Vaccination in Bombay 1874-1876 - 1874-1876
Year: 1874
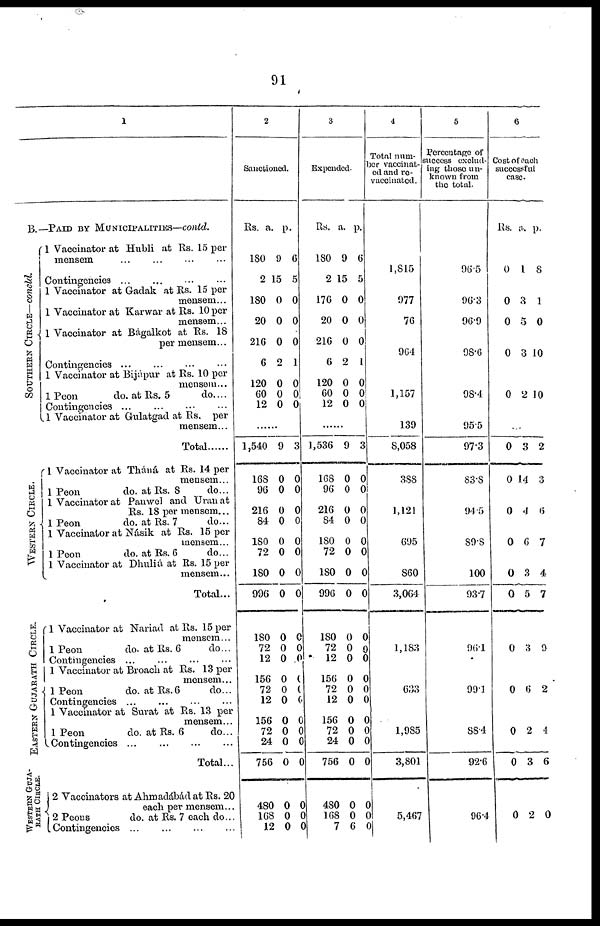
91
1
B.—PAID BY MUNICIFALITIES—conld.
SOUTHERN CIRCLE— concld.
WESTERN CIRCLE.
EASTERN GUJARATH CIRCLE.
WESTERN GUJA¬
RATH CIRCLE.
1 Vaccinator at Hubli at Rs. 15 per
mensem ... ... ... ...
Contingencies ... ... ... ...
1 Vaccinator at Gadak at Rs. 15 per
mensem...
1 Vaccinator at Karwar at Rs. 10 per
mensem...
1 Vaccinator at Bágalkot at Rs. 18
per mensem...
Contingencies ... ... ... ...
1 Vaccinator at Bijápur at Rs. 10 per
mensem...
1 Peon
do. at Rs. 5
do. ...
Contingencies ...
...
...
...
1 Vaccinator at Gulatgad at Rs. per
mensem...
Total......
1 Vaccinator at Tháná at Rs. 14 per
mensem...
1 Peon
do. at Rs. 8
do...
1 Vaccinator at Panwel and Uran at
Rs. 18 per mensem...
1 Peon
do. at Rs. 7
do...
1 Vaccinator at Násik at Rs. 15 per
mensem...
1 Peon
do. at Rs. 6
do...
1 Vaccinator at Dhuliá at Rs. 15 per
mensem...
Total...
1 Vaccinator at Nariad at Rs. 15 per
mensem...
1 Peon
do. at Rs. 6
do...
Contingencies ... ... ... ...
1 Vaccinator at Broach at Rs. 13 per
mensem...
1 Peon
do. at Rs.6
do...
Contingencies ... ... ... ...
1 Vaccinator at Surat at Rs. 13 per
mensem...
1 Peon
do. at Rs. 6
do...
Contingencies ... ... ... ...
Total...
2 Vaccinators at Ahmadábád at Rs. 20
each per mensem...
2 Peons
do. at Rs. 7 each do...
Contingencies...
...
...
...
2
Sanctioned.
Rs.
180
2
180
20
216
6
120
60
12
a.
9
15
0
0
0
2
0
0
0
p.
6
5
0
0
0
1
0
0
0
......
1,540
168
96
216
84
180
72
180
996
180
72
12
156
72
12
156
72
24
756
480
168
12
9
0
0
0
0
0
0
0
0
0
0
0
0
0
0
0
0
0
0
0
0
0
3
0
0
0
0
0
0
0
0
0
0
0
0
0
0
0
0
0
0
0
0
0
3
Expended¬
Rs.
180
2
176
20
216
6
120
60
12
a.
9
15
0
0
0
2
0
0
0
p.
6
5
0
0
0
1
0
0
0
......
1,536
168
96
216
84
180
72
180
996
180
72
12
156
72
12
156
72
24
756
480
168
7
9
0
0
0
0
0
0
0
0
0
0
0
0
0
0
0
0
0
0
0
0
6
3
0
0
0
0
0
0
0
0
0
0
0
0
0
0
0
0
0
0
0
0
0
4
Total num-
ber vaccinat-
ed and re¬
vaccinated.
1,815
977
76
964
1,157
139
8,058
388
1,121
695
860
3,064
1,183
633
1,985
3,801
5,467
5
Percentage of
success exclud-
ing those un-
known from
the total.
96.5
96.3
96.9
98.6
98.4
95.5
97.3
83.8
94.5
89.8
100
93.7
96.1
99.1
88.4
92.6
96.4
6
Cost of each
successful
case.
Rs.
0
a.
1
p.
8
0
0
0
3
5
3
1
0
10
0 2 10
0
0
3
14
2
3
0 4 6
0 6 7
0
0
3
5
4
7
0 3 9
0 6 2
0 2 4
0 3 6
0 2 0